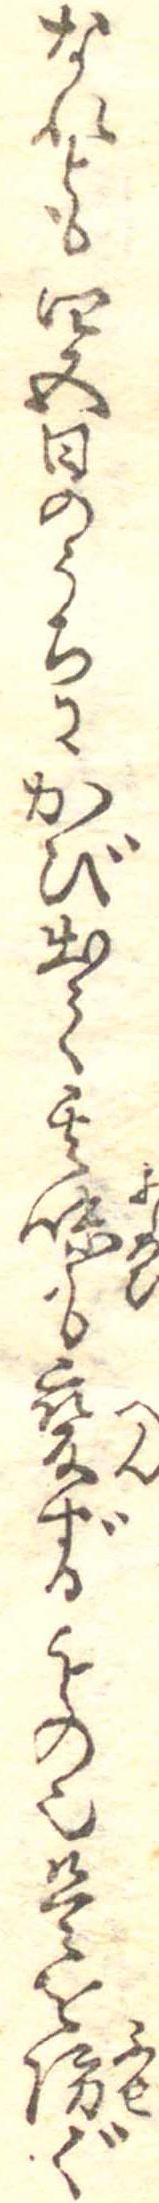
なれとも四五日のうちにかび出て其味も変ずるもの也是を防ぐ